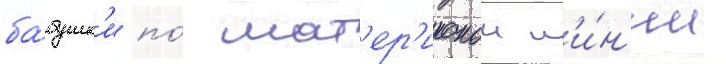
ба́бушк'и по́ мат'ер'инскои л'и́н'ии